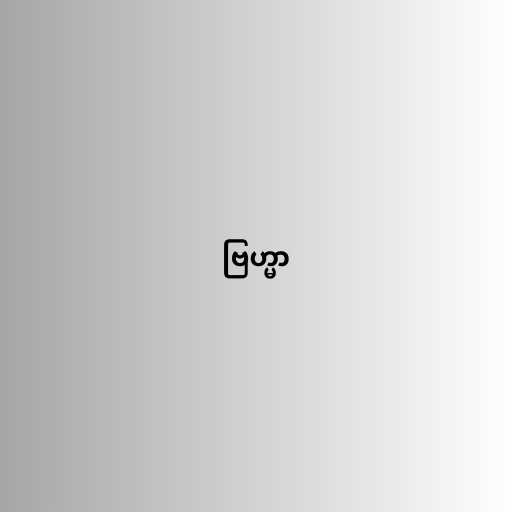
ဗြဟ္မာ